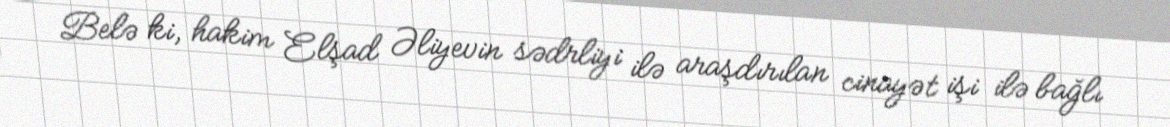
Belə ki, hakim Elşad Əliyevin sədrliyi ilə araşdırılan cinayət işi ilə bağlı